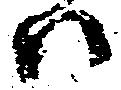
ハ